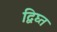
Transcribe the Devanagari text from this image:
द्विघ्त